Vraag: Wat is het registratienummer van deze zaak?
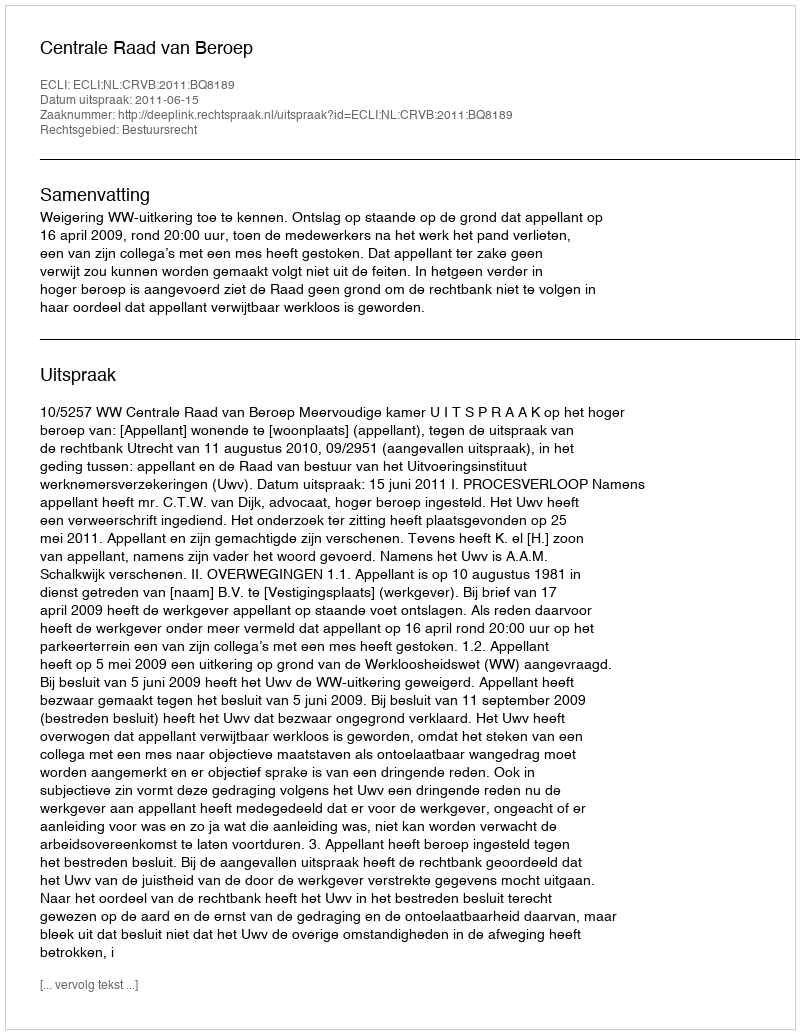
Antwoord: http://deeplink.rechtspraak.nl/uitspraak?id=ECLI:NL:CRVB:2011:BQ8189